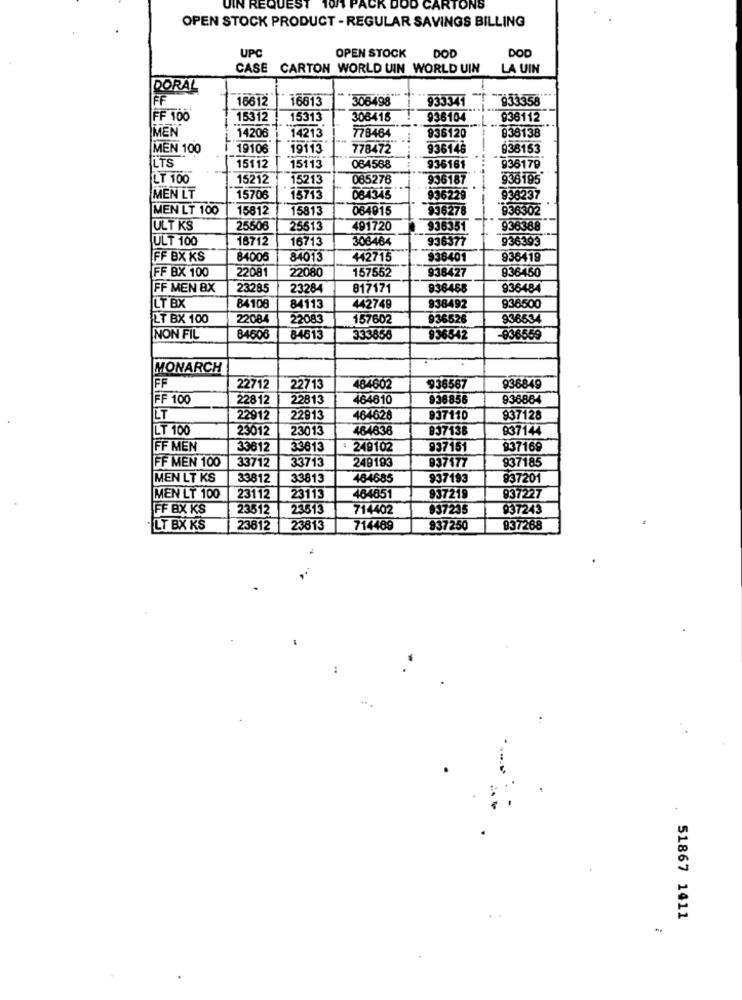
UIN REQU
JOD CARTONS
OPEN STOCK PRODUCT - REGULAR SAVINGS BILLING
UPC
OPEN STOCK
DOD
DOD
CASE CARTON WORLD UIN WORLD UIN
LA UIN
DORAL
FF
16612
933341
933358
16613
306498
FF 100
15312
15313
306416
936104
936112
+-
MEN
14206
14213
778464
936120
838138
MEN 100
19106
19113
778472
936146
938153
LTS
15112
15113
064568
936161
936179
LT 100
15212 15213
085276
936187
936195*
MEN LT
15706
15713
084345
936229
938237
MEN LT 100
15812
15813
084915
936278
936302
ULT KS
25506
25513
491720
936351
936388
ULT 100
16712
16713
308464
936377
936393
FF BX KS
8400
84013
442715
938401
936419
FF BX 100
2208
22080
157552
938427
836450
FF MEN BX
23285
23284
817171
936468
936484
84108
LT BX
84113
442749
938492
936500
LT BX 100
22084
22083
157602
936526
936534
NON FIL
84500
84613
333856
936542
936559
MONARCH
FF
22712
22713
484602
936567
936849
FF 100
22812
22813
464610
936856
936864
LT
22912
22913
464626
937110
937128
LT 100
23012
23013
484838
937138
937144
FF MEN
33612
33613
: 249102
937151
937169
FF MEN 100
33712
33713
249193
937177
837185
MEN LT KS
33812
33813
464685
937193
937201
MEN LT 100
23112
23113
464651
937219
937227
FF BX KS
23512
23513
714402
937235
037243
LT BX KS
23812
23813
714469
937250
837268
..
51867 1411